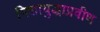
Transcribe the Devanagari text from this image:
निशायुद्धाप्रवीण